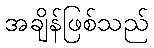
အချိန်ဖြစ်သည်